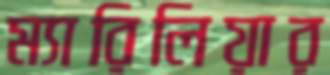
ম্যারিলিয়ার